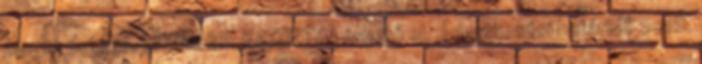
meghirdetése, kiírása IDE KATTINTVA érhető el. Jelentkezési határidő 2018.